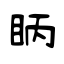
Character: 眪